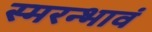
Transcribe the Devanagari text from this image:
स्मरन्भावं